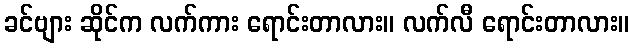
ခင်ဗျား ဆိုင်က လက်ကား ရောင်းတာလား။ လက်လီ ရောင်းတာလား။